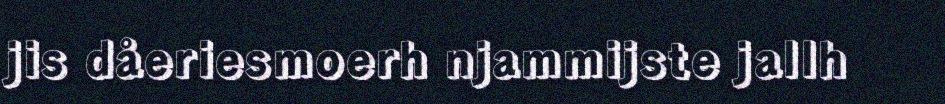
jis dåeriesmoerh njammijste jallh